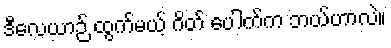
ဒီလေယာဉ် ထွက်မယ့် ဂိတ် ပေါက်က ဘယ်ဟာလဲ။